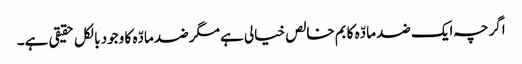
اگرچہ ایک ضد مادّہ کا بم خالص خیالی ہے مگر ضد مادّہ کا وجود بالکل حقیقی ہے۔